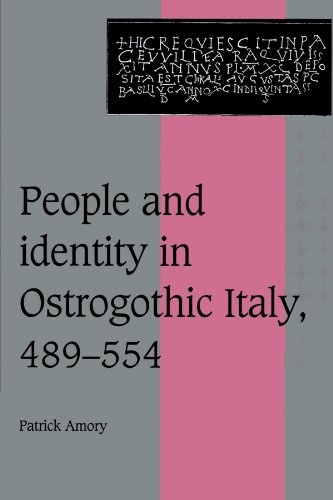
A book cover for People and Identity in Ostrogothic Italy, 489-554 (Cambridge Studies in Medieval Life and Thought: Fourth Series); Patrick Amory; History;